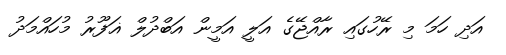
އަދި ހަމަ މި ރޭހުގައި ރާއްޖޭގެ އަލީ އަމީން އަބްދުލް ޣަފޫރު މުހައްމަދު